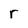
Character: r